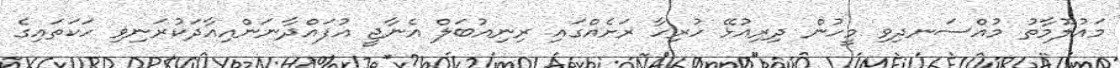
މައުލޫމާތު މުއްސަނދިވި މީހުން ދިރިއުޅޭ ހުރިހާ ރަށެއްގައި ރިނިއުބަލް އެނާޖީ އުފައްދާނަންއިއާދަކުރަނިވި ހަކަތައިގެ